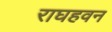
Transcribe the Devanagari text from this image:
राघहवन